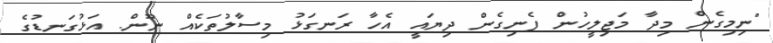
"ނިމިގެން މިދާ މަޖިލީހުން ފެނިގެން ދިޔައީ އެހާ ރަނގަޅު މިސާލުތަކެއް ނޫން. އަޅުގަނޑުގެ